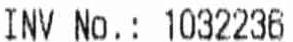
INV NO.: 1032236